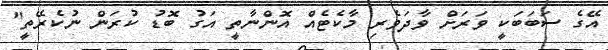
އޭގެ ސަބަބަކީ ވަރަށް ވާދަވެރި މާކެޓެއް އޮންނާތީ އަގު ބޮޑު ކުރަން ނުކެރޭތީ"